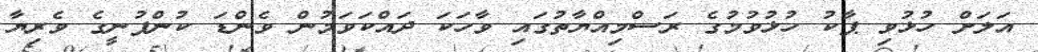
އަލަށް ހުޅުވި ޕާކު ހުޅުވުމުގެ ރަސްމިއްޔާތުގައި ވާހަކަ ދައްކަވަމުން ވެންޑަ ކުންފުނީގެ ވެރިޔާ